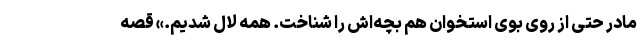
مادر حتی از روی بوی استخوان هم بچه‌اش را شناخت. همه لال شدیم.» قصه